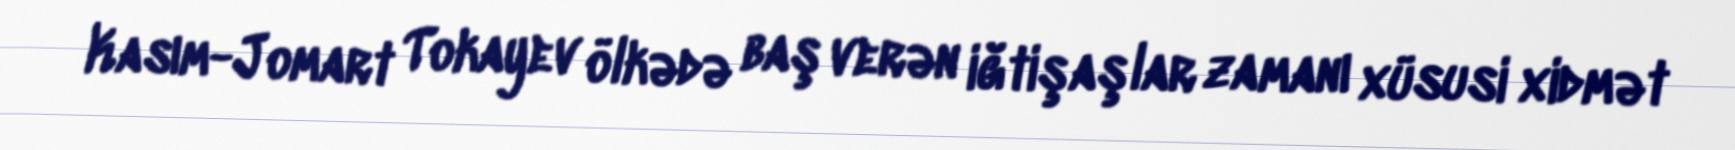
Kasım-Jomart Tokayev ölkədə baş verən iğtişaşlar zamanı xüsusi xidmət